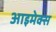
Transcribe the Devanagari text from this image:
आइमेक्स